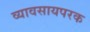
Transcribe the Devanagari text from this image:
व्यावसायपरक